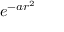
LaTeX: e ^ { - a r ^ { 2 } }